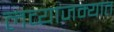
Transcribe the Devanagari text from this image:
लव्याजम्यात